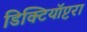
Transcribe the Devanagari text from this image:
डिक्टियॉप्टरा